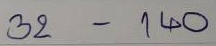
32 - 140